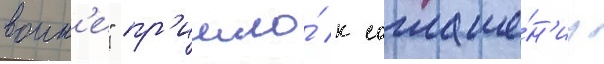
воин'е" пр'ишло́ к соглаше́н'иу